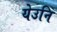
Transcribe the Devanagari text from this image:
येउनि